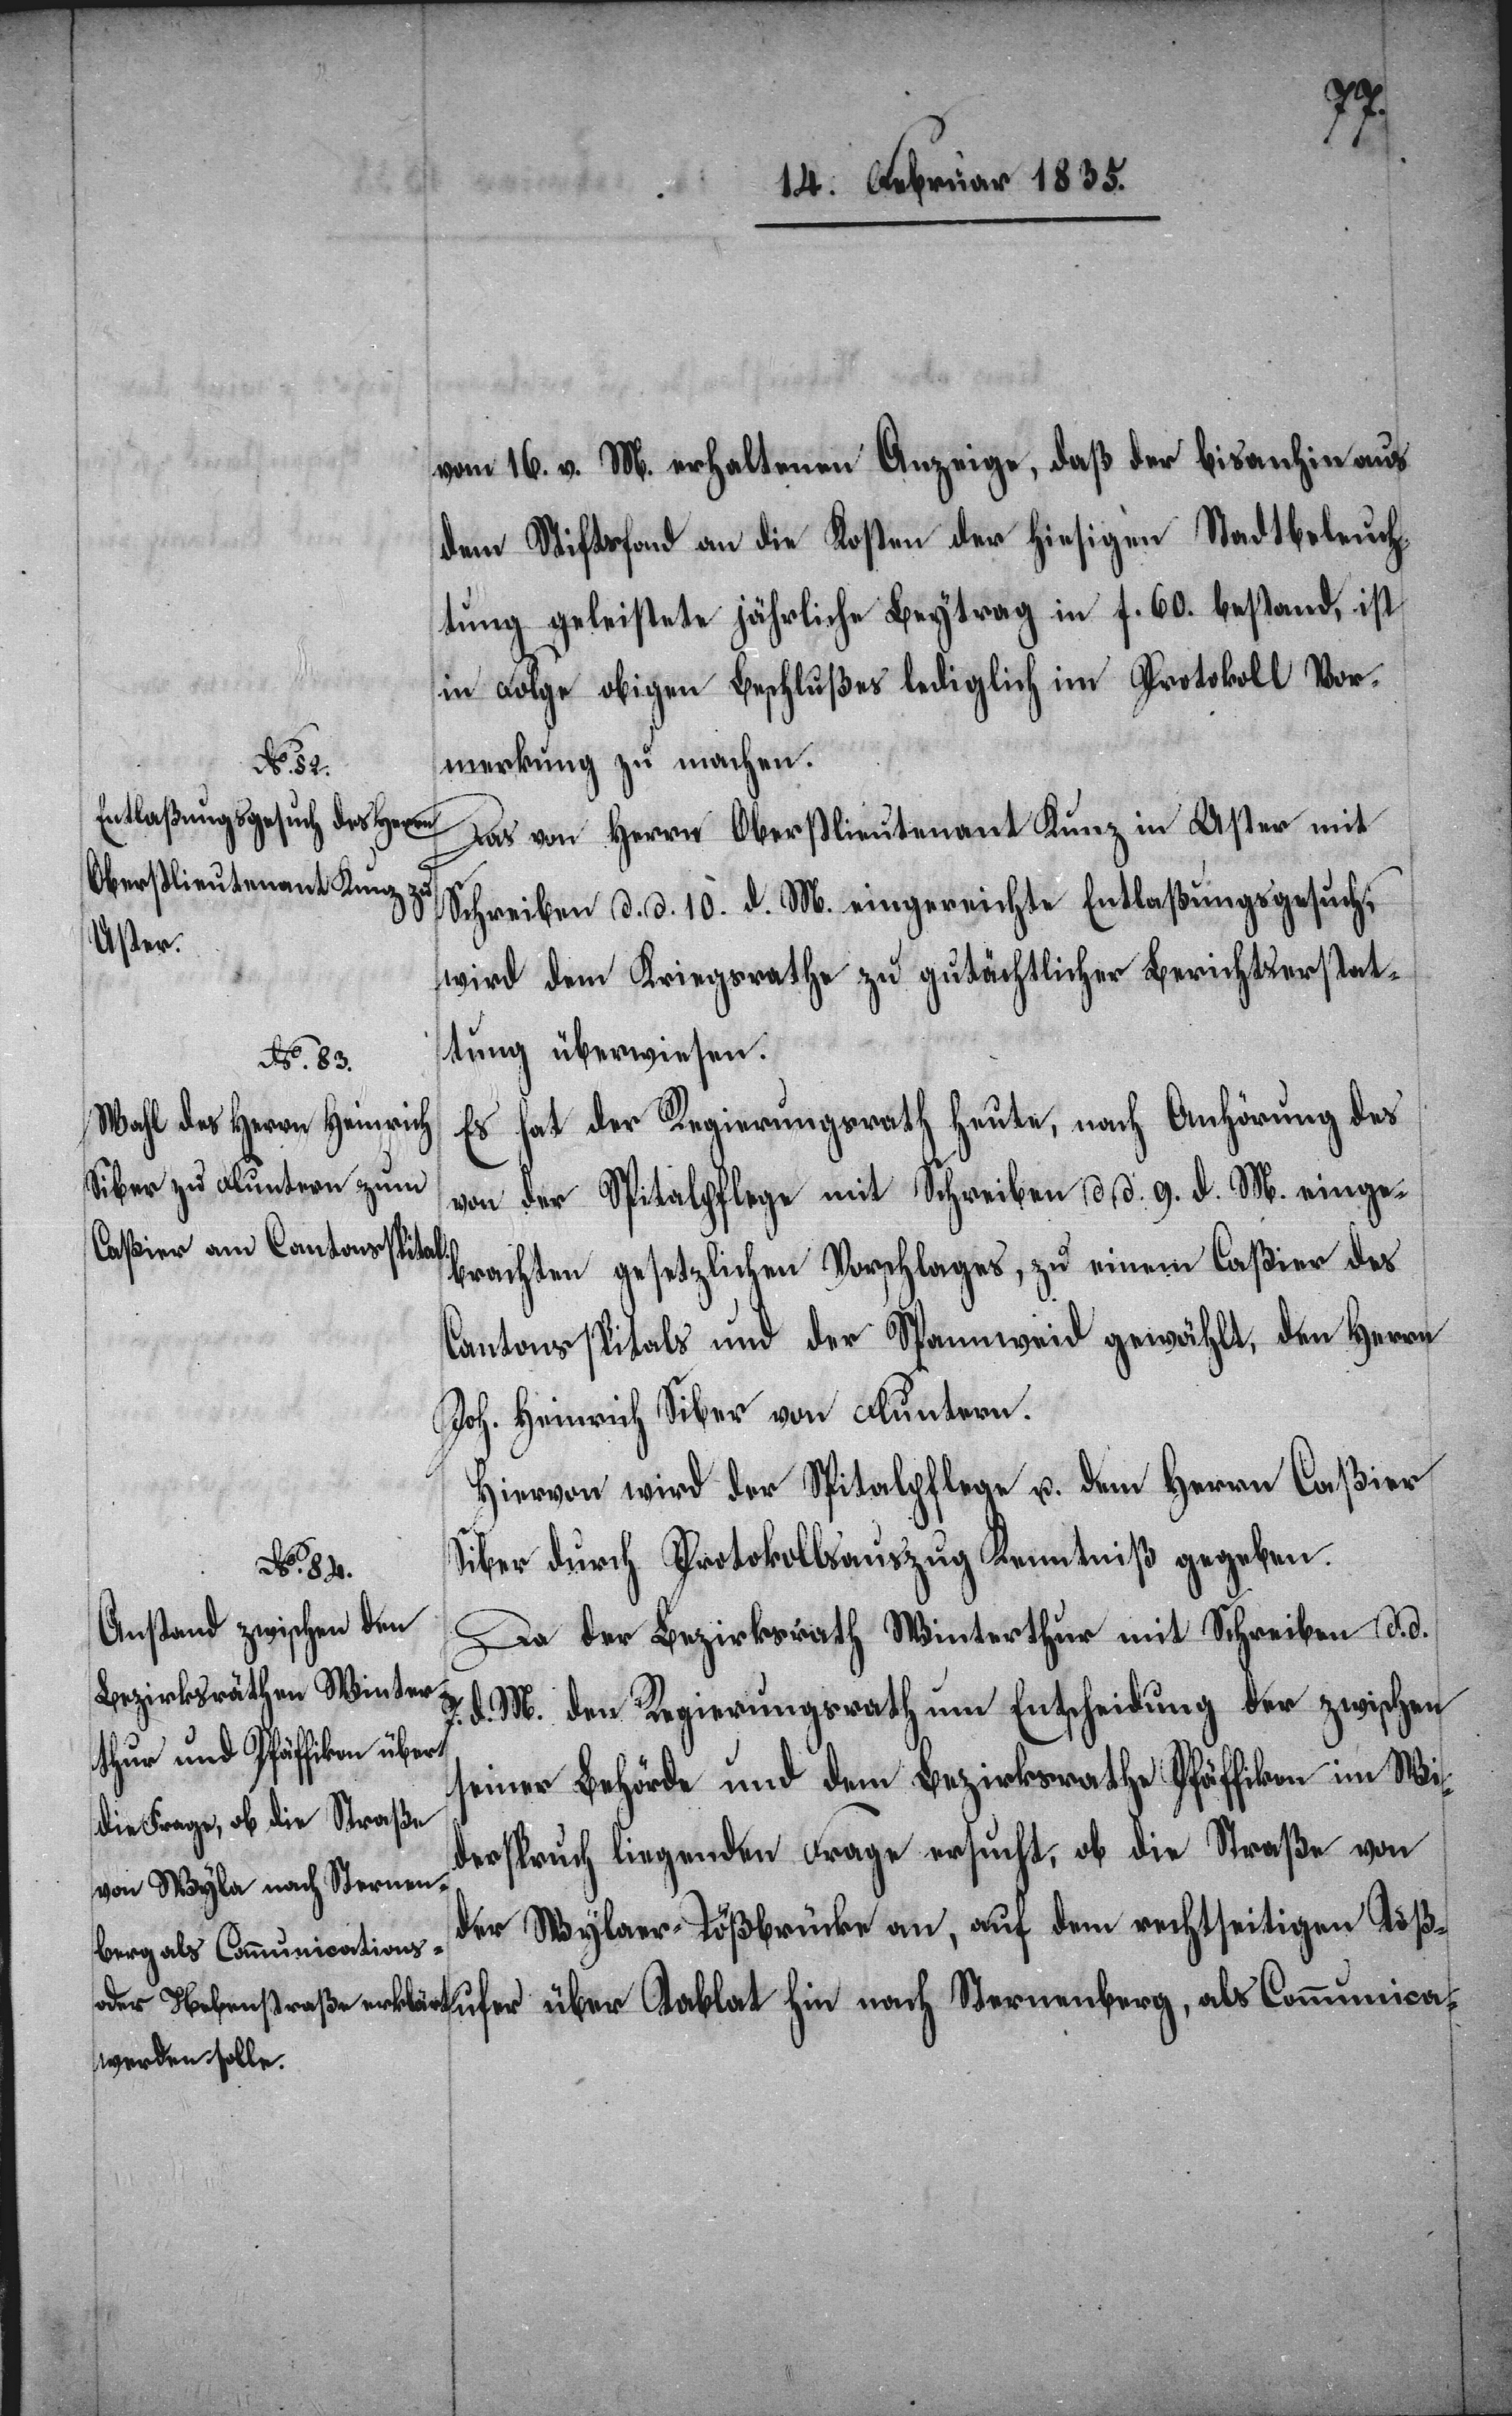
7.
vom 16. v. M. erhaltenen Anzeige, daß der bisanhin aus
dem Stiftsfond an die Kosten der hiesigen Stadtbeleuch¬
tung geleistete jährliche Beytrag in f. 60. bestand, ist
in Folge obigen Beschlußes lediglich im Protokoll Vor¬
merkung zu machen.
Das von Herrn Oberstlieutenant Kunz in Uster mit
Schreiben d. d. 10. d. M. eingereichte Entlaßungsgesuch
wird dem Kriegsrathe zu gutächtlicher Berichtserstat¬
tung überwiesen.
Es hat der Regierungsrath heute, nach Anhörung des
von der Spitalpflege mit Schreiben d. d. 9. d. M. einge¬
brachten gesetzlichen Vorschlages, zu einem Caßier des
Cantonsspitals und der Spannweid gewählt, den Herrn
Joh. Heinrich Siber von Fluntern.
Hiervon wird der Spitalpflege u. dem Herrn Caßier
Siber durch Protokollsauszug Kenntniß gegeben.
Da der Bezirksrath Winterthur mit Schreiben d. d.
d. M. den Regierungsrath um Entscheidung der zwischen
seiner Behörde und dem Bezirksrathe Pfäffikon in Wi¬
derspruch liegenden Frage ersucht, ob die Straße von
der Wylaer-Tößbrücke an, auf dem rechtseitigen Tößu¬
fer über Tablat hin nach Sternenberg, als Communica-